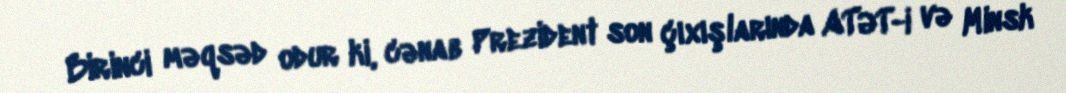
Birinci məqsəd odur ki, cənab Prezident son çıxışlarında ATƏT-i və Minsk